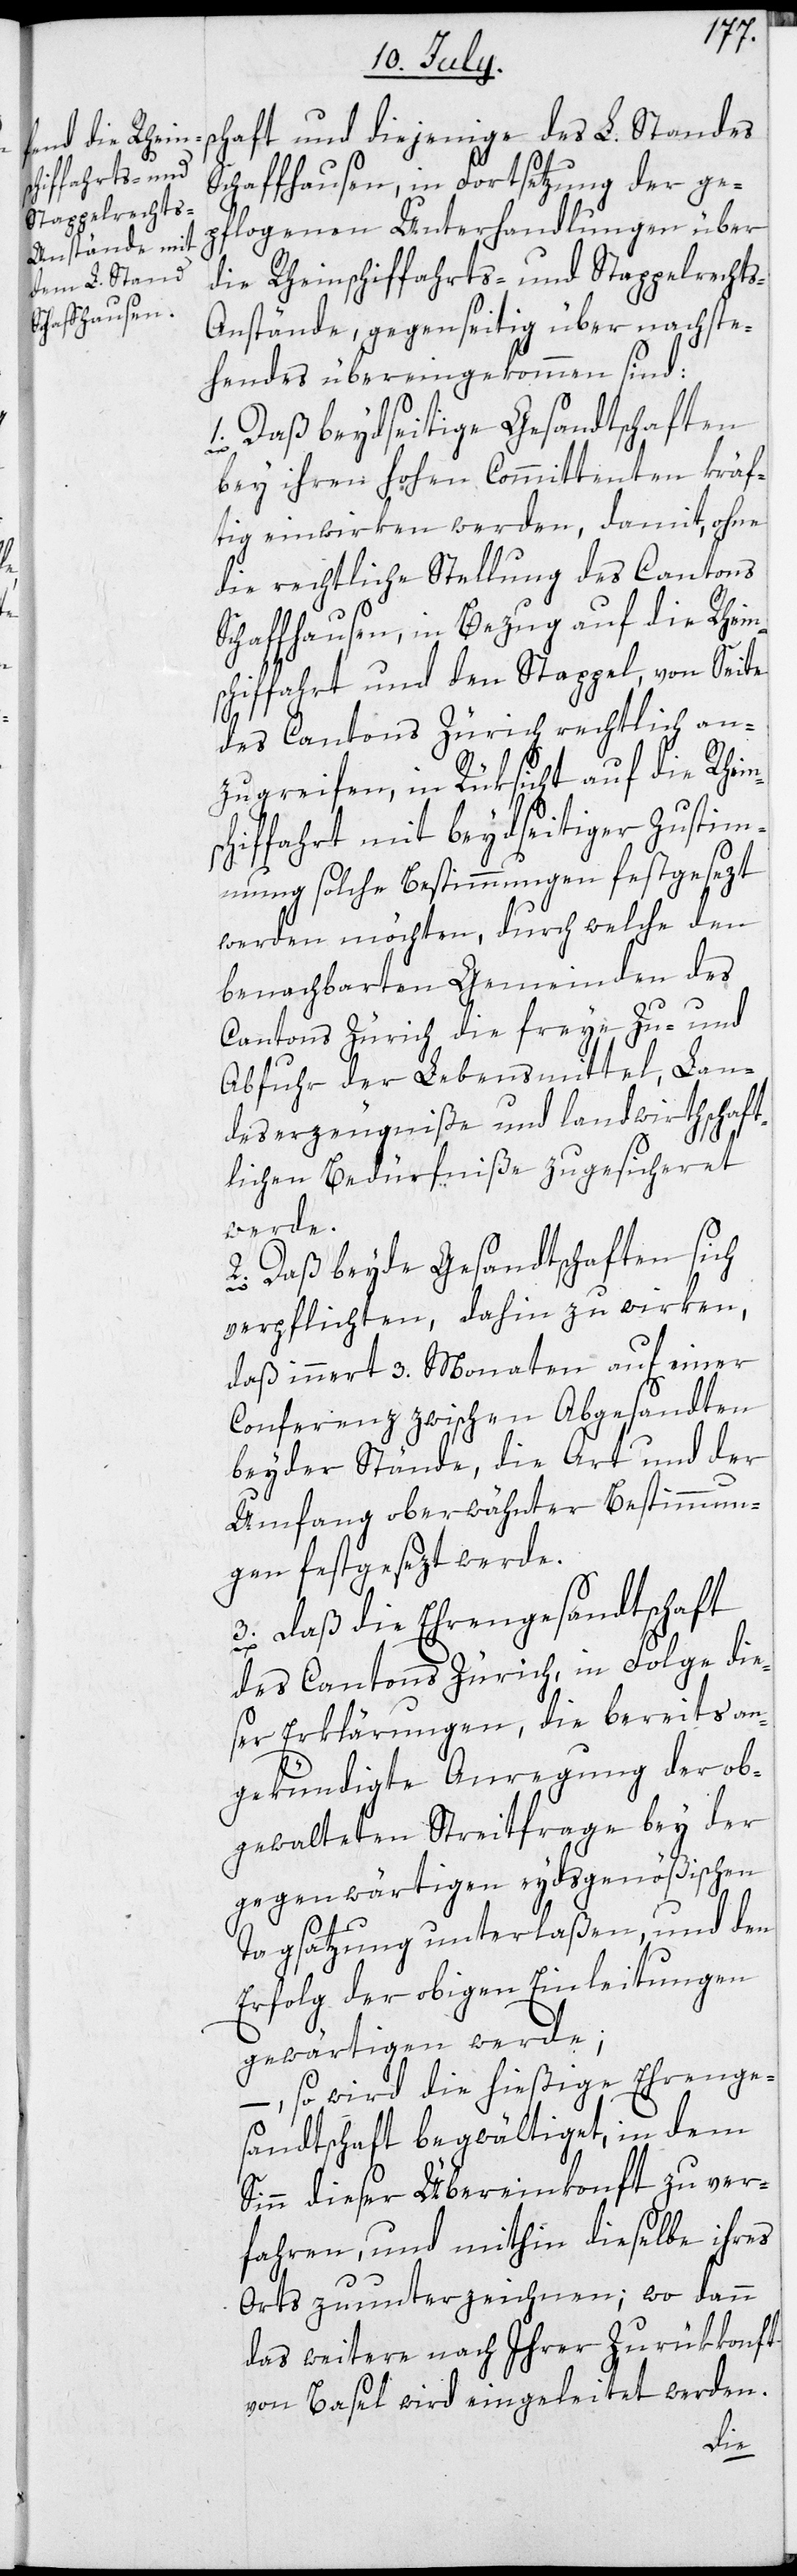
auf die Rheins¬
Schaffhausen,

chaft und diejenige des L. Standes
Schaffhausen, in Fortsetzung der ge¬
pflogenen Unterhandlungen über
die Rheinschiffahrts- und Stappelrecht¬
s-Anstände, gegenseitig über nachste¬
hendes übereingekommen sind:
1. Daß beydseitige Gesandtschaften
bey ihren hohen Committenten kräf¬
tig einwirken werden, damit, ohne
die rechtliche Stellung des Cantons
chiffahrt und den Stappel, von Seite
des Cantons Zürich rechtlich an¬
zugreifen, in Rüksicht auf die Rhein¬
schiffahrt mit beydseitiger Zustim¬
mung solche Bestimmungen festgesezt
werden möchten, durch welche den
benachbarten Gemeinden das
Cantons Zürich die freye Zu- und
Abfuhr der Lebensmittel, Lan¬
deserzeugniße und landwirthschaft¬
lichen Bedürfniße zugesicheret
werde.
2. Daß beyde Gesandtschaften sich
verpflichten, dahin zu wirken,
daß innert 3. Monaten auf einer
Conferenz zwischen Abgesandten
beyder Stände, die Art und der
Umfang oberwähnter Bestimmun¬
gen festgesezt werde.
3. Daß die Ehrengesandtschaft
des Cantons Zürich, in Folge die¬
ser Erklärungen, die bereits an¬
gekündigte Anregung der ob¬
gewalteten Streitfrage bey der
gegenwärtigen eydsgenößischen
s¬
Tagsatzung unterlaßen, und den
Erfolg der obigen Einleitungen
gewärtigen werde;
–, so wird die hießige Ehrenge¬
sandtschaft begwältigt, in dem
Sinn dieser Übereinkonft zu ver¬
fahren, und mithin dieselbe ihres
Orts zu unterzeichnen; wo dann
das weitere nach Ihrer Zurükkonft
von Basel wird eingeleitet werden.